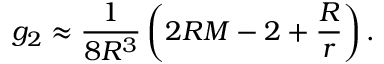
g _ { 2 } \approx \frac { 1 } { 8 R ^ { 3 } } \left( 2 R M - 2 + \frac { R } { r } \right) .